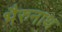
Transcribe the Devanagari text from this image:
भैरुनाथ